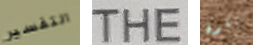
التفسير THE تكون